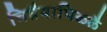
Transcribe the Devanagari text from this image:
चिन्नैयापिळ्ळै